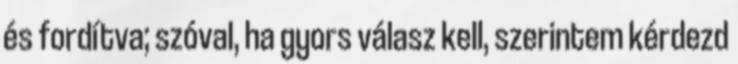
és fordítva; szóval, ha gyors válasz kell, szerintem kérdezd